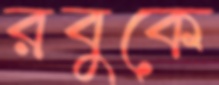
রবুকে